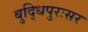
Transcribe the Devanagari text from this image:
बुद्धिपुरःसर